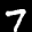
Label: 7